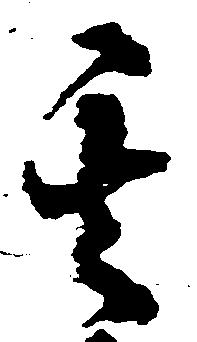
其